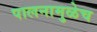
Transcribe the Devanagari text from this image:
पालनामुळेच